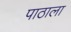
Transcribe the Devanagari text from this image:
पाठाला